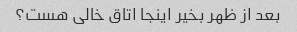
بعد از ظهر بخیر اینجا اتاق خالی هست؟